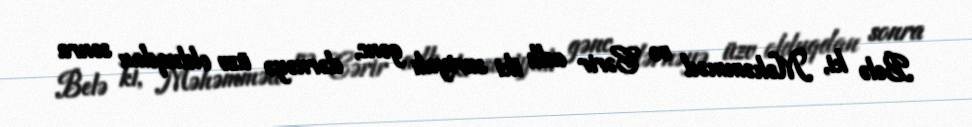
Belə ki, Məhəmməd və Cərir adlı iki suriyalı gənc, dərnəyə üzv olduqdan sonra